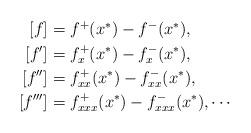
LaTeX: \begin{align*}\begin{aligned}\left[f\right]&=f^{+}(x^{*}) - f^{-}(x^{*}),\\\left[ f' \right]&=f_x^{+}(x^{*}) - f_x^{-}(x^{*}),\\\left[ f'' \right]&=f_{xx}^{+}(x^{*}) - f_{xx}^{-}(x^{*}),\\\left[ f''' \right]&=f_{xxx}^{+}(x^{*}) - f_{xxx}^{-}(x^{*}),\cdots\end{aligned}\end{align*}